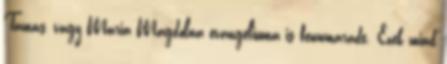
Tamás, vagy Mária Magdolna evangéliuma is fennmaradt. Ezek mind